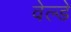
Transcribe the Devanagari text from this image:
वेल्डे